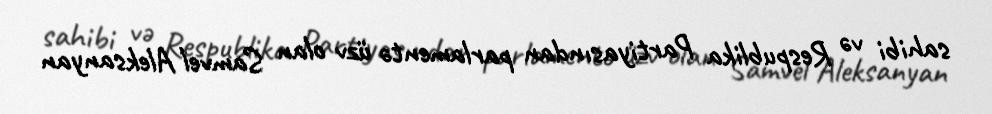
sahibi və Respublika Partiyasından parlamentə üzv olan Samvel Aleksanyan